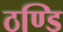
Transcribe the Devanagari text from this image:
ठण्डि